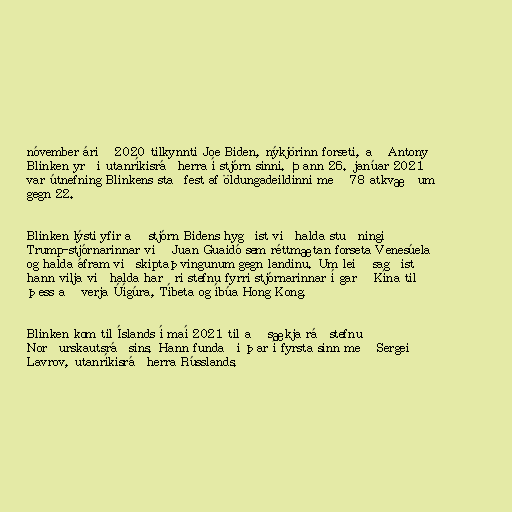
nóvember árið 2020 tilkynnti Joe Biden, nýkjörinn forseti, að Antony
Blinken yrði utanríkisráðherra í stjórn sinni. Þann 26. janúar 2021
var útnefning Blinkens staðfest af öldungadeildinni með 78 atkvæðum
gegn 22.

Blinken lýsti yfir að stjórn Bidens hygðist viðhalda stuðningi
Trump-stjórnarinnar við Juan Guaidó sem réttmætan forseta Venesúela
og halda áfram viðskiptaþvingunum gegn landinu. Um leið sagðist
hann vilja viðhalda harðri stefnu fyrri stjórnarinnar í garð Kína til
þess að verja Úígúra, Tíbeta og íbúa Hong Kong.

Blinken kom til Íslands í maí 2021 til að sækja ráðstefnu
Norðurskautsráðsins. Hann fundaði þar í fyrsta sinn með Sergei
Lavrov, utanríkisráðherra Rússlands.